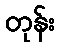
တုန်း